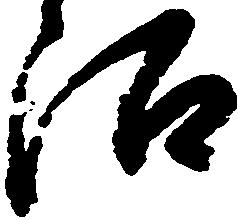
沼